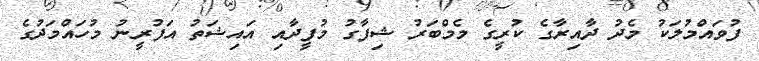
ފުވައްމުލަކު މެދު ދާއިރާގެ ކުރީގެ މެމްބަރު ޝިފާގު މުފީދާއި އައިޝަތު އަފުރީނު މުހައްމަދުގެ